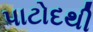
પાટોદથી